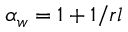
\alpha _ { w } = 1 + 1 / r l